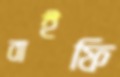
বাইফি